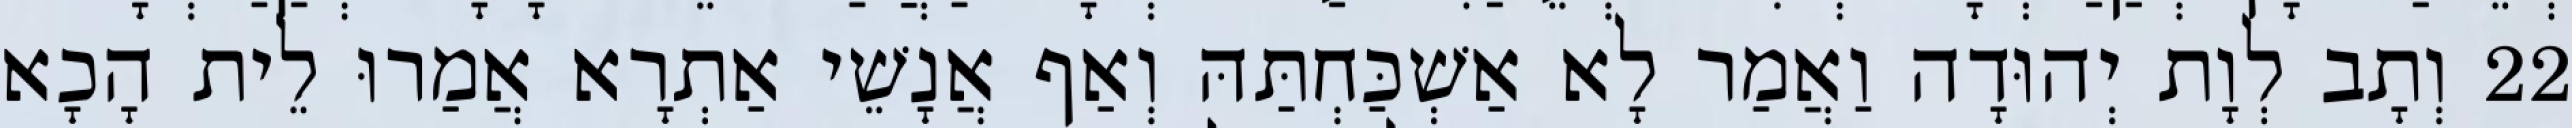
22 וְתָב לְוָת יְהוּדָה וַאֲמַר לָא אַשְׁכַּחְתַּהּ וְאַף אֲנָשֵׁי אַתְרָא אֲמַרוּ לֵית הָכָא